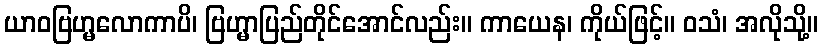
ယာဝဗြဟ္မလောကာပိ၊ ဗြဟ္မာပြည်တိုင်အောင်လည်း။ ကာယေန၊ ကိုယ်ဖြင့်။ ဝသံ၊ အလိုသို့။